Report on sanitation, dispensaries, and jails in Rajputana for 1916, and on vaccination for the year 1916-1917 - 1916-1917
Year: 1916
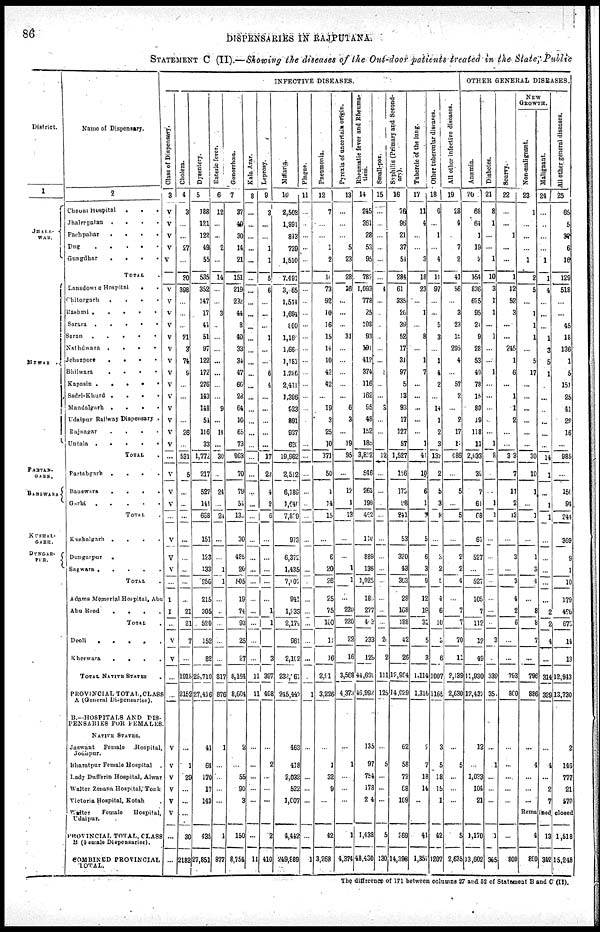
86
DISPENSARIES IN RAJPUTANA.
STATEMENT C (II).—Showing the diseases of the Out-door patients treated in the State, Public
District.
1
JHALA-
WAR.
M E W A R .
PARTAB-
GARH.
BANSWARA
KUSHAL¬
GARH.
DUNGAR¬
PUR
Name of Dispensary.
2
Chaoni Hospital
...
Jhalrapatan....
Pachpahar
.
.
.
.
Dug
Gungdhar
.
.
.
.
TOTAL.
Lansdowne Hospital . . .
Chitorgarh
.
.
.
.
Rashmi
Sarara
Saran
Nathdwara
.
.
.
Jehazpore
.
.
.
.
Bhilwara
.
.
.
.
Kapasin
.
.
.
.
.
Sadri-Khurd
.
.
.
.
Mandalgarh .
.
.
.
Udaipur Railway Dispensary .
Rajnagar
.
.
.
.
Untala . . . . .
TOTAL.
Partabgarh
.
.
.
.
Banswara
.
.
.
.
Garhi . . . . .
TOTAL .
Kushalgarh
.
.
.
.
Dungarpur
.
Sagwar . . . .
TOTAL.
Adams Memorial Hospital, Abu
Abu Road
.
.
.
.
TOTAL.
Deoli
Kherwara
.
.
.
.
TOTAL NATIVE STATES.
PROVINCIAL TOTAL,CLASS
A (Genaral Dispensaries).
B.—HOSPITALS AND DIS-
PENSARIES FOR FEMALES
NATIVE STATES.
Jaswant
Female
Hospital
Jodhpur.
Bharatpur Female Hospital .
Lady Dufferin Hospital, Alwar
Walter Zenana Hospital, Tonk
Victoria Hospital, Kotah .
Walter
Female
Hospital
Udaipur.
PROVINCIAL TOTAL. CLASS
B (Female Dispensaries).
COMBINED PROVINCIAL
TOTAL.
I
N F E C T I
V E D I
S E A S E S .
Class of Dispensary.
3
V
V
V
V
V
...
V
V
V
V
V
V
V
V
V
V
V
V
V
V
...
V
V
V
...
V
V
V
...
I
I
...
V
V
...
...
V
V
V
V
V
V
...
...
Cholera.
4
3
...
...
27
...
20
398
...
...
...
21
3
74
9
...
...
...
...
26
...
531
5
...
...
...
...
...
...
...
...
21
21
7
...
1918
2152
...
1
29
...
...
....
30
2182
Dysentery.
5
188
121
122
49
55
535
352
147
17
41
51
97
122
172
276
143
148
51
116
33
1,772
217
527
141
668
151
123
133
256
215
305
520
152
82
25,710
27,416
41
64
170
17
143
...
435
27,851
Enteric fever.
6
12
...
...
2
...
14
...
...
3
...
...
...
...
...
...
...
9
...
14
...
30
...
24
...
24
...
...
1
1
...
...
...
...
...
817
876
1
...
...
...
...
...
1
877
Gonorrhœa.
7
37
49
30
14
21
151
219
232
44
8
40
33
34
47
66
28
64
10
65
73
963
70
79
5
13
30
485
20
505
19
74
93
25
27
8,164
8,604
2
...
55
90
3
...
150
8,754
Kala Azar.
8
...
...
...
...
...
...
...
...
...
...
...
...
...
...
...
...
...
...
...
...
...
...
...
...
...
...
...
...
...
...
...
...
...
...
11
11
...
...
...
...
...
...
...
11
Leprosy.
9
3
...
...
1
1
5
6
...
...
...
1
...
...
6
4
...
...
...
...
...
17
23
4
2
6
...
...
...
...
...
1
1
...
3
397
11
...
2
...
...
...
...
2
410
Malaria.
10
2,503
1,891
813
739
1,510
7,491
3, 65
1,514
1,694
100
1,161
1,66
1,181
1,286
2,411
1,396
923
891
937
620
19,962
2,512
6,189
1,640
7,829
973
6,372
1,435
7,107
941
1,233
2,174
961
2,102
232,261
245,442
463
418
2,032
522
1,007
...
4,442
249,889
Plague.
11
...
...
...
...
...
...
...
...
...
...
...
...
...
...
...
...
...
...
...
...
...
...
...
...
...
...
...
...
...
...
...
...
...
...
...
1
...
...
...
...
...
...
...
1
Pneumonia.
12
7
...
...
1
2
1
73
92
10
16
15
14
10
42
42
...
19
3
25
10
371
50
1
14
15
...
6
20
26
25
75
100
1
16
2,91
3,226
...
1
32
9
...
...
42
3,268
Pyrexia of uncertain origin.
13
...
...
...
5
23
28
26
...
...
...
31
...
...
...
...
...
6
3
...
19
95
...
12
1
13
...
...
1
1
...
220
220
22
16
3,568
4,373
...
1
...
...
...
...
1
4,374
Rheumatic fever and Rheuma-
tism.
14
245
361
28
53
95
782
1,093
778
25
108
93
191
412
374
116
162
95
48
152
185
3,832
546
263
199
462
110
889
136
1,025
18
277
43
233
129
44,692
46,992
135
97
754
178
24
...
1,438
48,430
Small-pox.
15
...
...
...
...
...
...
4
...
...
...
...
...
...
...
...
...
3
...
...
...
12
...
...
...
...
...
...
...
...
...
...
...
2
2
111
125
...
8
...
...
...
...
5
130
Syphilis (Primary and Second-
ary.
16
76
96
21
37
51
284
61
335
26
39
52
17
31
97
5
13
93
17
127
57
1,527
156
179
98
241
53
320
43
353
28
168
188
42
26
l2,984
14,029
62
58
72
68
109
...
369
14,398
Tubercle of the long.
17
11
4
...
...
3
18
23
...
1
...
8
...
1
7
...
...
...
...
...
1
41
10
6
1
7
5
6
3
9
12
19
31
5
3
1,114
1,316
2
7
18
14
...
...
41
1,357
Other tubercular diseases.
18
6
...
1
...
4
11
97
...
...
5
3
...
1
4
2
...
14
1
2
3
132
2
5
3
8
...
3
2
5
4
6
10
3
6
1007
1165
3
5
18
15
1
...
42
1207
All other infective diseases.
19
28
4
...
7
2
41
56
...
3
23
15
295
4
...
57
2
...
2
17
1
486
...
5
...
5
...
2
2
4
...
7
7
70
11
2,139
2,630
...
5
...
...
...
...
5
2,635
OTHER GENERAL DISEASES.
Anœraia.
20
68
64
1
19
2
154
836
625
95
24
9
28
53
43
78
15
80
19
118
11
2,033
39
7
61
68
61
527
...
527
105
7
112
17
49
11,930
12,432
12
...
1,033
104
21
...
1,170
13,602
Diabetes.
21
8
1
...
...
1
10
3
1
1
...
1
...
...
1
...
...
...
...
...
1
8
...
...
1
1
...
...
...
...
...
...
3
...
339
35
...
1
...
...
...
...
1
355
Scurvy.
22
...
...
1
...
...
1
12
52
3
...
...
245
1
6
...
1
1
2
...
...
33
7
11
2
13
...
3
...
3
4
2
6
...
...
793
800
...
...
...
...
...
...
...
800
NEW
GROWTH.
Non-malignant.
23
1
...
...
...
1
2
5
...
1
1
1
...
5
17
...
...
...
...
...
...
30
10
1
...
1
...
1
3
4
...
8
8
7
...
796
886
...
4
...
...
...
Malignant.
24
...
...
...
...
1
1
4
...
...
...
1
3
5
1
...
...
...
...
...
...
14
1
...
1
1
...
...
...
...
...
2
2
4
...
314
329
...
4
...
2
7
All other general diseases.
25
65
5
37
6
16
129
518
...
...
45
18
136
1
5
151
25
41
29
16
...
985
...
150
94
244
369
9
1
10
179
496
675
14
13
12,943
13,730
2
148
777
21
570
Remained closed
4
890
13
342
1,518
15,248
The difference of 171 between columns 27 and 52 of Statement B and C (II).